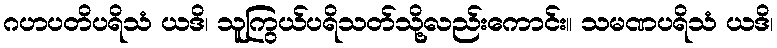
ဂဟပတိပရိသံ ယဒိ၊ သူကြွယ်ပရိသတ်သို့လည်းကောင်း။ သမဏပရိသံ ယဒိ၊